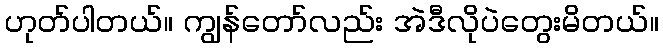
ဟုတ်ပါတယ်။ ကျွန်တော်လည်း အဲဒီလိုပဲတွေးမိတယ်။